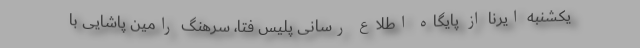
یکشنبه ایرنا از پایگاه اطلاع رسانی پلیس فتا، سرهنگ رامین پاشایی با